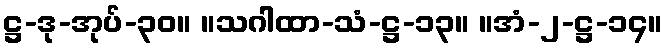
ဋ္ဌ-ဒု-အုပ်-၃၀။ ။သဂါထာ-သံ-ဋ္ဌ-၁၃။ ။အံ-၂-ဋ္ဌ-၁၄။